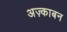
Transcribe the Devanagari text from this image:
अज़्काबन